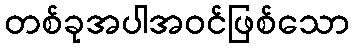
တစ်ခုအပါအဝင်ဖြစ်သော